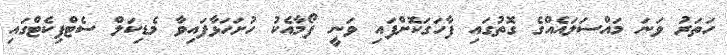
ހަތަރު ވަނަ މައްސަލައެއްގެ ގޮތުގައި ފާހަގަކޮށްފައި ވަނީ ފޯމާއެކު ހުށަހަޅާފައިވާ މެޑިކަލް ސެޓްފިކެޓްގައި